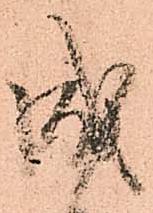
成